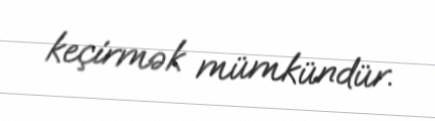
keçirmək mümkündür.